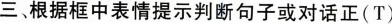
三、根据框中表情提示判断句子或对话正(T)